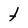
Character: t